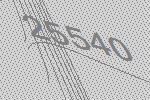
25540